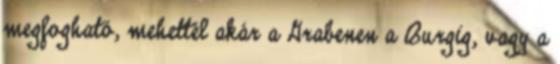
megfogható, mehettél akár a Grabenen a Burgig, vagy a